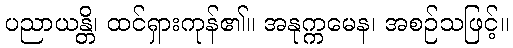
ပညာယန္တိ၊ ထင်ရှားကုန်၏။ အနုက္ကမေန၊ အစဉ်သဖြင့်။